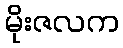
မိုးဇလက